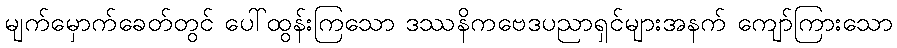
မျက်မှောက်ခေတ်တွင် ပေါ်ထွန်းကြသော ဒဿနိကဗေဒပညာရှင်များအနက် ကျော်ကြားသော